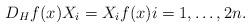
LaTeX: \begin{align*}D_Hf(x)X_i=X_if(x)i=1,\dots,2n.\end{align*}